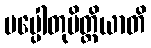
ပပ္ပေါတုမိတ္ထိယာတိ